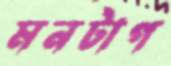
মনটাগ